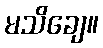
မသိချေ။